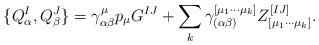
LaTeX: \begin{align*}\{Q^I_\alpha,Q^J_\beta\}=\gamma^\mu_{\alpha\beta}p_\mu G^{IJ} +\sum\limits_{k} \gamma^{[\mu_1\cdots\mu_k]}_{(\alpha \beta)}Z^{[IJ]}_{[\mu_1\cdots \mu_k]}.\end{align*}